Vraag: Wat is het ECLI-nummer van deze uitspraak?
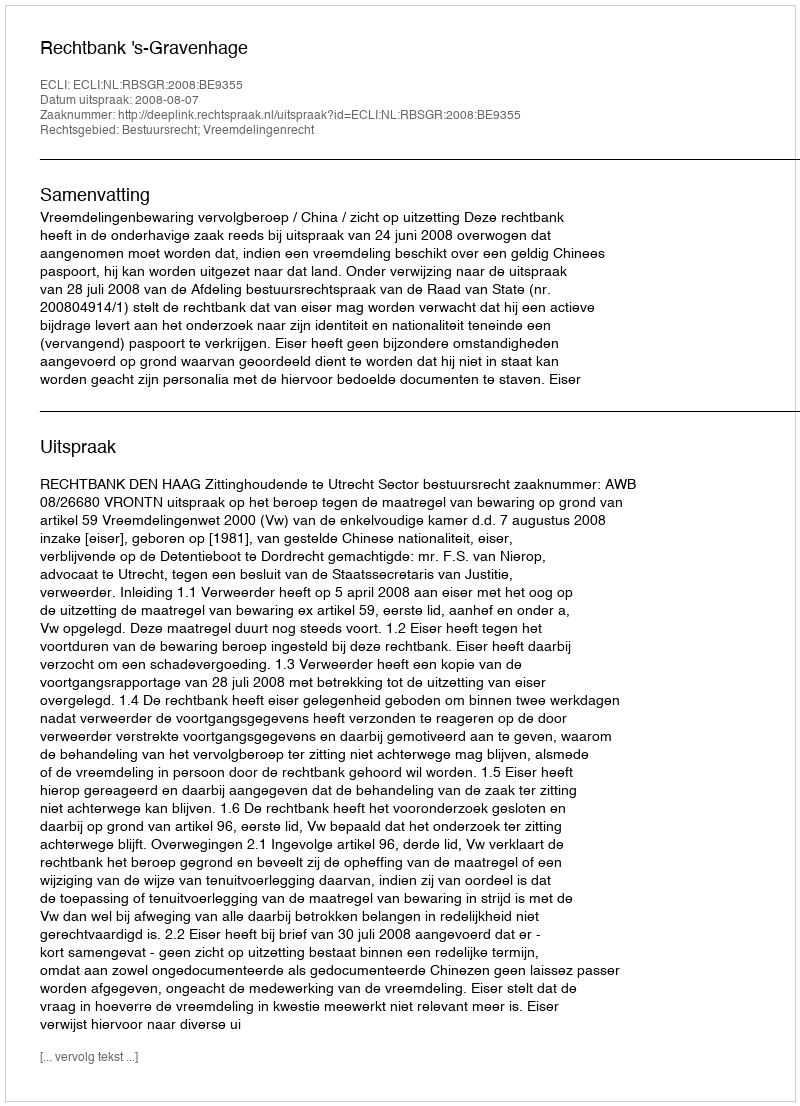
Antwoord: ECLI:NL:RBSGR:2008:BE9355